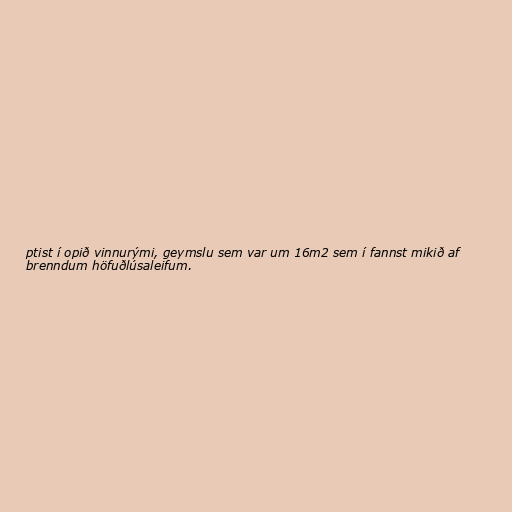
ptist í opið vinnurými, geymslu sem var um 16m2 sem í fannst mikið af
brenndum höfuðlúsaleifum.